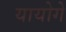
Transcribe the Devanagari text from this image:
यायोगे